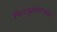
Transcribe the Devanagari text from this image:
फिट्झगेराल्डचा